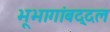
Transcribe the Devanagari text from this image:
भूभागांबद्दल